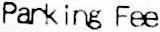
PARKING FEE